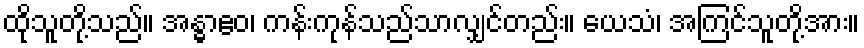
ထိုသူတို့သည်။ အန္ဓာဧဝ၊ ကန်းကုန်သည်သာလျှင်တည်း။ ယေသံ၊ အကြင်သူတို့အား။